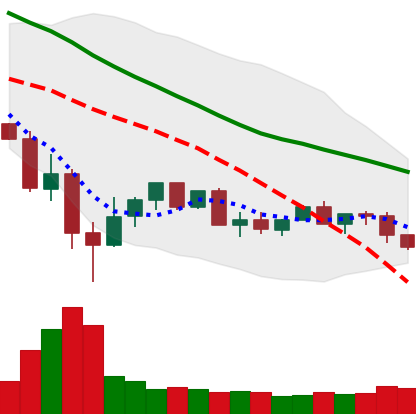
Ticker: XLM-USD
Chart end date: 2022-05-27
Forward return: 13.952%
Label: up_7plus